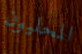
المحليون